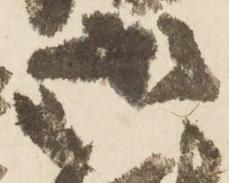
御